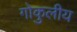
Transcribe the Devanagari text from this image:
गोकुलीय